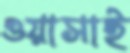
ওয়াসাই